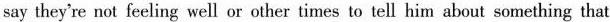
say they're not feeling well or other times to tell him about something that